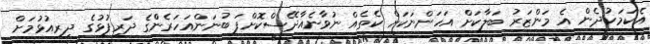
އެކަމަކުދެން އެ މަންޒަރު ބަލާކަށް އަހަންނަކަށް ކެތެއް ނުވާނެއާދޭސްކޮށްފަ ބުނަންއަހަރެންްގެ ދަރިފުޅުގެ ދިރިއުޅުމަށް